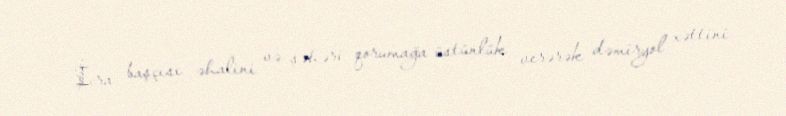
İcra başçısı əhalini və şəhəri qorumağa üstünlük verərək dəmiryol xəttini